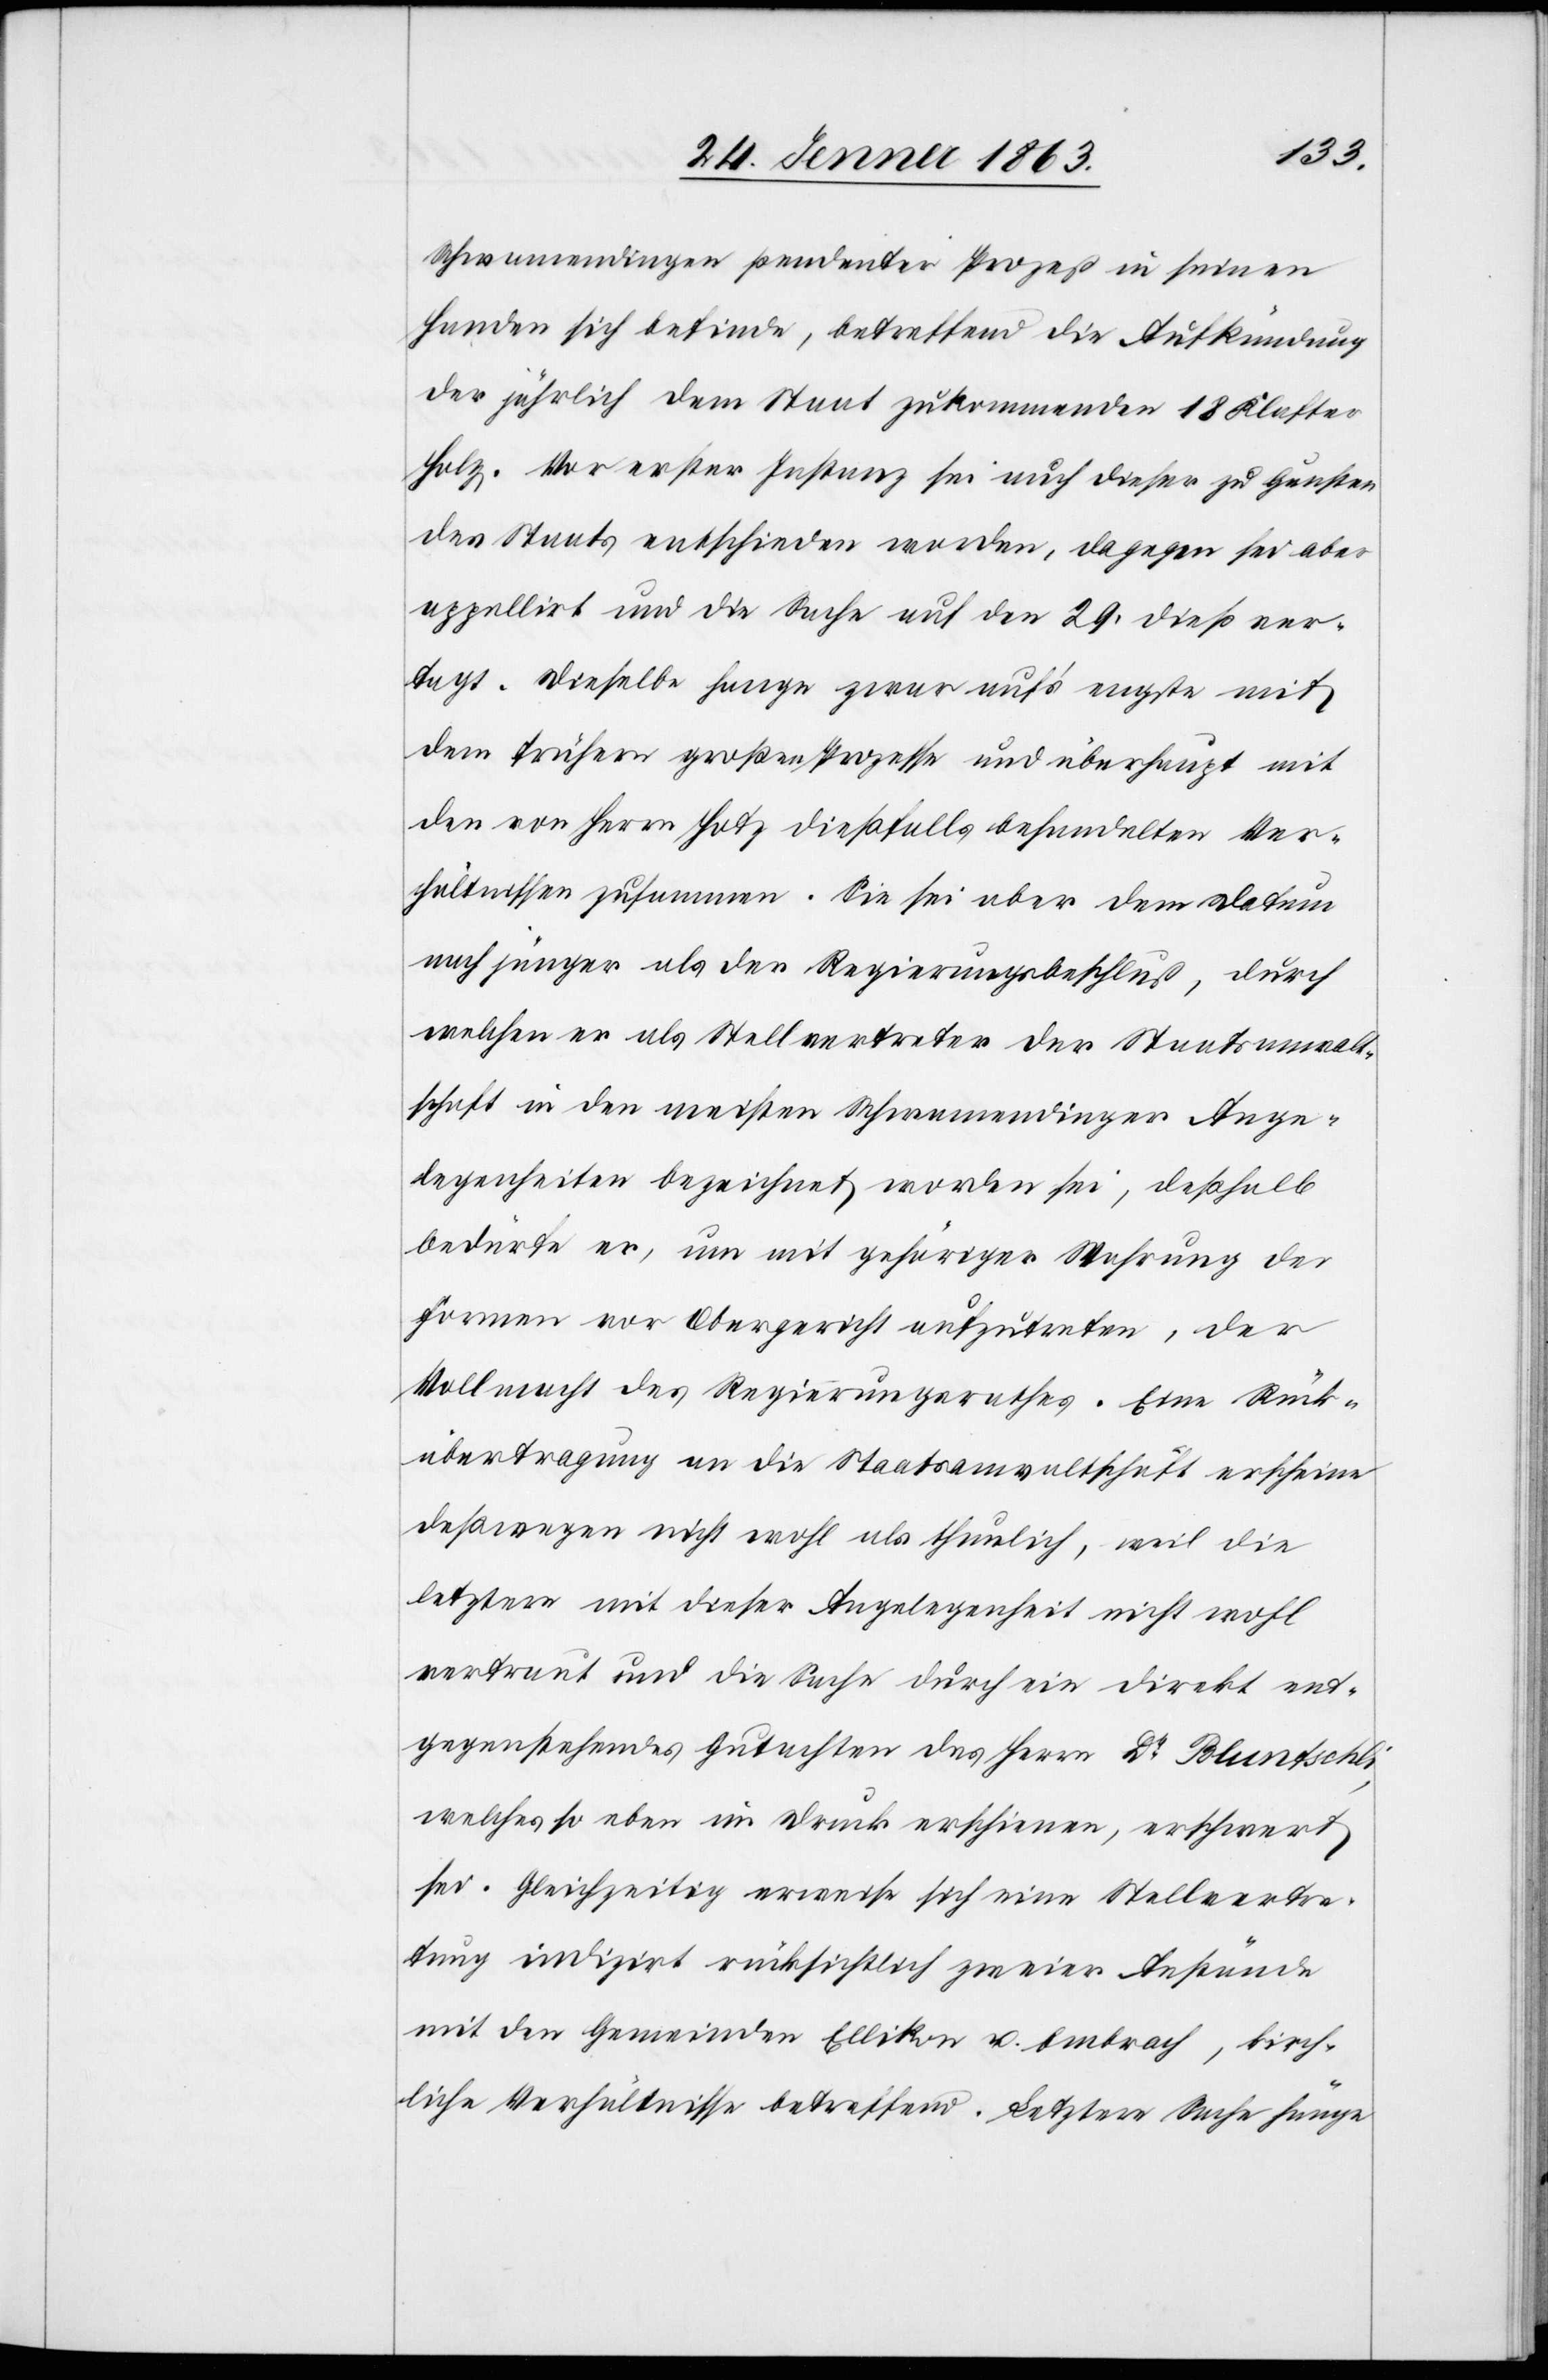
Schwamendingen pendenter Prozeß in seinen
Handen sich befinde, betreffend die Aufkündung
der jährlich dem Staat zukommenden 18 Klafter
Holz. Vor erster Instanz sei auch dieser zu Gunsten
des Staats entschieden worden, dagegen sei aber
appellirt und die Sache auf den 29. dieß ver¬
tagt. Dieselbe hange zwar auf's engste mit
dem frühern großen Prozesse und überhaupt mit
den von Herrn Hotz dießfalls behandelten Ver¬
hältnissen zusammen. Sie sei aber dem Datum
nach jünger als der Regierungsbeschluß, durch
welchen er als Stellvertreter der Staatsanwalt¬
schaft in den meisten Schwamendinger Ange¬
legenheiten bezeichnet worden sei, deßhalb
bedürfe er, um mit gehöriger Wahrung der
Formen vor Obergericht aufzutreten, der
Vollmacht des Regierungsrathes. Eine Rück¬
übertragung an die Staatsanwaltschaft erscheine
deßwegen nicht wohl als thunlich, weil die
letztere mit dieser Angelegenheit nicht wohl
vertraut und die Sache durch ein direkt ent¬
gegenstehendes Gutachten des Herrn Dr Bluntschli,
welches so eben im Druck erschienen, erschwert
sei. Gleichzeitig erweise sich eine Stellvertre¬
tung indizirt rücksichtlich zweier Anstände
mit den Gemeinden Ellikon u. Embrach, kirch¬
liche Verhältnisse betreffend. Letztere Sache hänge